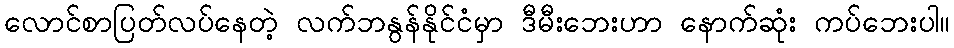
လောင်စာပြတ်လပ်နေတဲ့ လက်ဘနွန်နိုင်ငံမှာ ဒီမီးဘေးဟာ နောက်ဆုံး ကပ်ဘေးပါ။